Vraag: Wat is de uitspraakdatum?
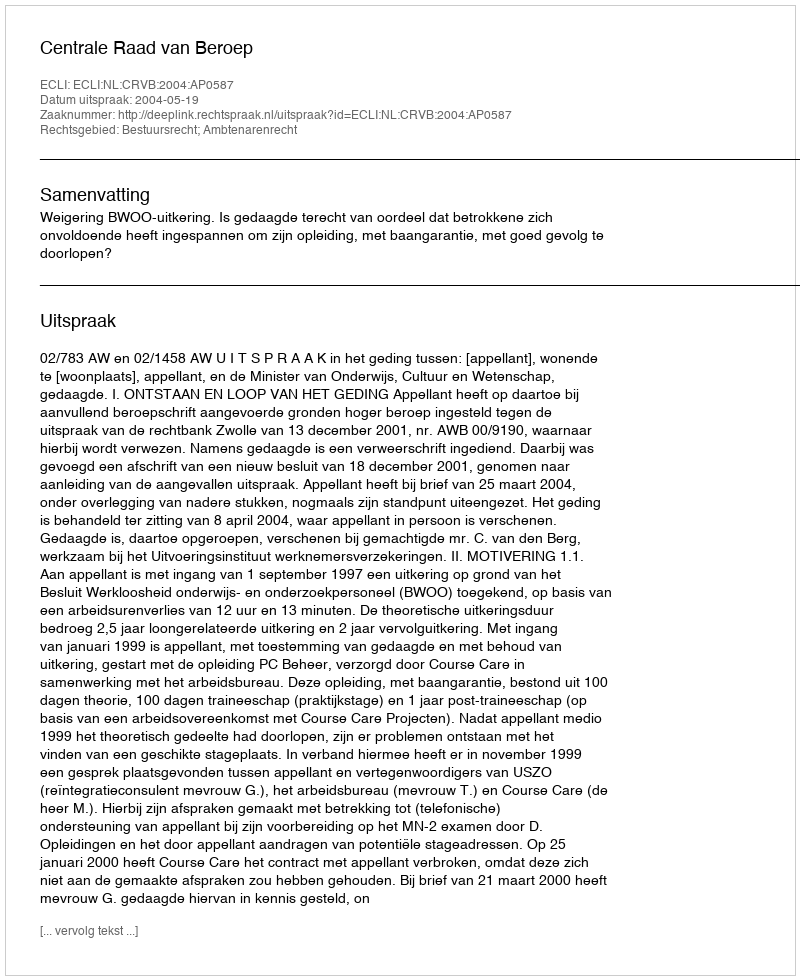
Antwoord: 2004-05-19